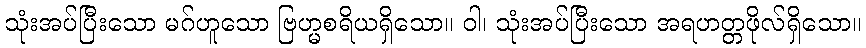
သုံးအပ်ပြီးသော မဂ်ဟူသော ဗြဟ္မစရိယရှိသော။ ဝါ၊ သုံးအပ်ပြီးသော အရဟတ္တဖိုလ်ရှိသော။